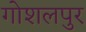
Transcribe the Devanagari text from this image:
गोशलपुर